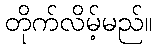
တိုက်လိမ့်မည်။